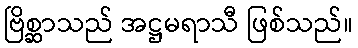
ဗြိစ္ဆာသည် အဋ္ဌမရာသီ ဖြစ်သည်။